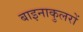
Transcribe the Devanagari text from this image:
बाइनाकुलरों